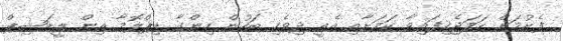
ފެށުމަށް ހަމަޖެހިފައިވާ ކަމަށާއި އެއީ ދިވެހި ބަހުން ހިންގާ ޑިޕްލޮމާ އިން ލީޑަޝިޕް